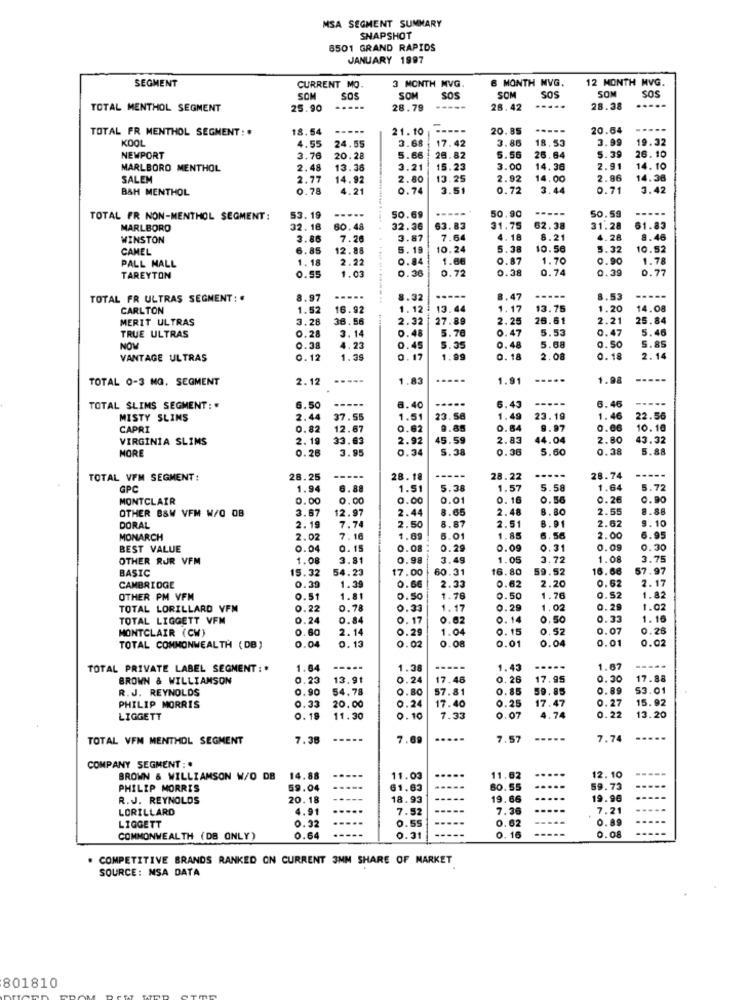
MSA SEGMENT SUMMARY
SNAPSHOT
6501 GRAND RAPIDS
JANUARY 1997
SEGMENT
3 MONTH MVG.
MONTH MVG.
12 MONTH MVG.
CURRENT MO
SOM
SOS
SOM
SOS
SOM
SOS
SOM
SOS
TOTAL MENTHOL SEGMENT
25.90
.....
28.79
28.42
28.38
....
TOTAL FR MENTHOL SEGMENT: #
18.54
21. 10
20.85
-----
20.64
...
KOOL
. 42
18.53
3.99
19.32
4.55
24.55
3.68
3.86
5.39
NEWPORT
3.76
20.28
5.66
26.82
5.56
26.64
26.10
MARLBORO MENTHOL
2.48
13.36
3.21
15.23
3.00
14.36
2.91
14. 10
SALEM
2.77
14.92
2.80
13.25
2.92
14.00
2.96
14.38
B&H MENTHOL
0.78
4.21
0.74
3.51
0.72
3.44
0.71
3.42
TOTAL FR NON-MENTHOL SEGMENT:
53.19
--...
0.69
50.
50.59
MARLBORO
32. 18
60.48
32.36
63.83
31.75
62.38
31.28
61.83
WINSTON
3.86
7.26
3.87
7.64
4.18
8.21
4.28
8.46
CAMEL
6.85
12.85
5. 19
10.24
5.38
10.56
5.32
10.52
PALL MALL
1.18
2.22
0.84
1.66
0.87
1.70
0.90
1.78
1.03
0.36
0.72
0.38
0.74
0.39
0.77
TAREYTON
0.55
TOTAL FR ULTRAS SEGMENT: .
8.97
---...
8.32
.47
----
8.53
-----
CARLTON
1.52
16.92
1.12
13.44
1.17
13.75
1.20
14.08
MERIT ULTRAS
3.28
36.56
2.32
27.89
2.25
26.61
2.21
25.84
3.14
0.48
5.76
0.47
5.53
0.47
5.46
TRUE ULTRAS
5.08
5.85
NOW
0.38
4.23
0.45
5.35
0.48
9.50
VANTAGE ULTRAS
0.12
1.39
0.17
1.99
0. 18
2.08
0.18
2.14
TOTAL 0-3 MG. SEGMENT
2.12
1.83
1.91
1.98
-----
-----
....
-----
-....
TOTAL SLIMS SEGMENT :*
6.50
8. 40
6.43
6.46
MISTY SLINS
2.44
37.55
1.51
23.58
1.49
23.19
1. 46
22.56
CAPRI
0.82
12.67
0.62
9.85
0.64
9.97
0.06
10.10
VIRGINIA SLIMS
2. 19
33.63
2.92
45.59
2.83
44.04
2.80
43.32
MORE
0.28
3.95
0.34
.28
0.38
5.60
0.38
5.88
----
TOTAL VFM SEGMENT:
28.25
28.18
28.22
28.74
GPC
1.94
6.88
1.51
5.38
1.57
5.58
1.64
5.72
MONTCLAIR
0.00
0.00
0.00
0.01
0.16
0.56
0.26
0.90
OTHER B&W VFM W/O OB
3.87
12.97
2.44
8.65
2.48
8.80
2.55
8.88
7.74
8.87
2.51
2.62
9.10
DORAL
2.19
2.50
8.91
MONARCH
2.02
7.16
1.69
1.01
1.85
6.56
2.00
6.95
BEST VALUE
0.04
0. 15
0.08
0.29
0.09
0.31
0.09
0.30
OTHER RUR VFM
1.08
3.81
0.98
3.49
1.05
3.72
1.08
3.75
BASIC
15.32
54.23
17.00
60.31
16.80
59.52
16.68
57.97
0.39
0.62
2.17
CAMBRIDGE
1.39
0.66
2.33
0.62
2.20
OTHER PM VFM
0.51
1.81
0.50
1.78
0.50
1.76
0.52
1.82
TOTAL LORILLARD VFM
0.22
0.78
0.33
1.17
0.29
.02
0.29
1.02
TOTAL LIGGETT VFM
0.24
0.84
0.17
0.62
0.14
.50
0.33
1. 16
MONTCLAIR (CW)
0.60
2.14
0.29
1.04
0.15
0.52
0.07
0.25
.08
0.01
0.02
TOTAL COMMONWEALTH (DB)
0.04
0.13
0.02
0.01
TOTAL PRIVATE LABEL SEGMENT : *
1.64
--..
1.38
1.43
..
1.67
-----
BROWN & WILLIAMSON
0.23
13.91
0.24
17.46
0.26
17.95
0.30
17.88
R.J. REYNOLDS
0.90
54.78
0.80
57.81
0.85
59.85
0.89
53.01
0.33
17.40
0.25
17.47
0.27
15.92
PHILIP MORRIS
20.00
0.24
LIGGETT
0.18
11.30
0.10
7.33
0.07
4.74
0.22
13.20
TOTAL VFM MENTHOL SEGMENT
7.38
7.69
....
7.57
-----
7.74
COMPANY SEGMENT :.
BROWN & WILLIAMSON W/O DB
14.88
---
11.03
....
11.02
.....
12. 10
PHILIP MORRIS
59.04
61.63
60.55
59.73
R.J. REYNOLDS
20.18
---
18.93
--
19.66
19.96
LORILLARD
4.91
7.52
7.36
7.21
0.32
0.89
LIGGETT
0.55
0.62
0. 16
COMMONWEALTH (DB ONLY)
0.64
0.31
0.08
. COMPETITIVE BRANDS RANKED ON CURRENT 3MM SHARE OF MARKET
SOURCE: MSA DATA
801810